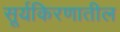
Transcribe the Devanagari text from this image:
सूर्यकिरणातील